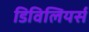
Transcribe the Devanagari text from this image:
डिविलियर्स